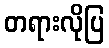
တရားလိုပြ